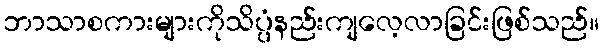
ဘာသာစကားများကိုသိပ္ပံနည်းကျလေ့လာခြင်းဖြစ်သည်။